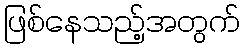
ဖြစ်နေသည့်အတွက်